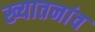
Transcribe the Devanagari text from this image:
ख्यातनांव